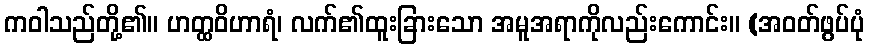
ကဝါသည်တို့၏။ ဟတ္ထဝိဟာရံ၊ လက်၏ထူးခြားသော အမူအရာကိုလည်းကောင်း။ (အဝတ်ဖွပ်ပုံ